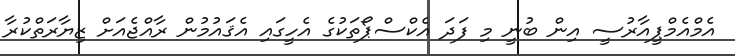
އެމްއެމްޕީއާރުސީ އިން ބުނީ މި ފަދަ އެކްސްޕޯތަކުގެ އެހީގައި އެޤައުމުން ރާއްޖެއަށް ޒިޔާރަތްކުރާ